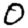
Digit: 0